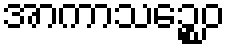
အာကာသဉ္စေဝ